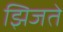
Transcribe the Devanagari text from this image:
झिजते